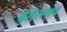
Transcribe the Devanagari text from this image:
बेलेस्लाव